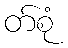
တ်စုံ